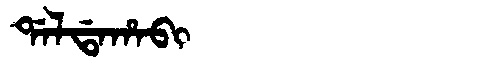
Manchu: ᡩᠠᠯᡩᠠᡥᠠᠪᡳ
Romanization: DALDAHABI